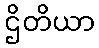
ဌိတိယာ